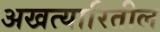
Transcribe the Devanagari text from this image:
अखत्यारितील